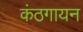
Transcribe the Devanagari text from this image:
कंठगायन